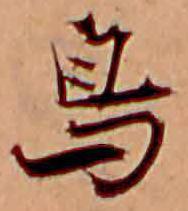
鳥